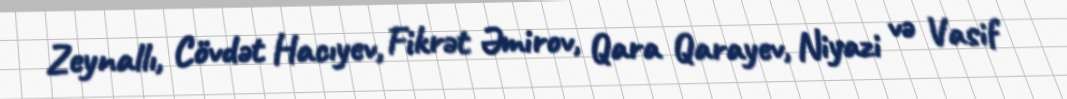
Zeynallı, Cövdət Hacıyev, Fikrət Əmirov, Qara Qarayev, Niyazi və Vasif